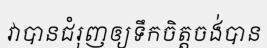
វាបានជំរុញឲ្យទឹកចិត្តចង់បាន